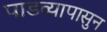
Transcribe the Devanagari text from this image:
पाडव्यापासुन